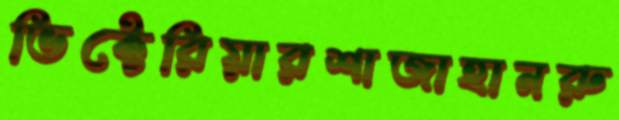
ভিক্টেরিয়ারশাজাহানরু